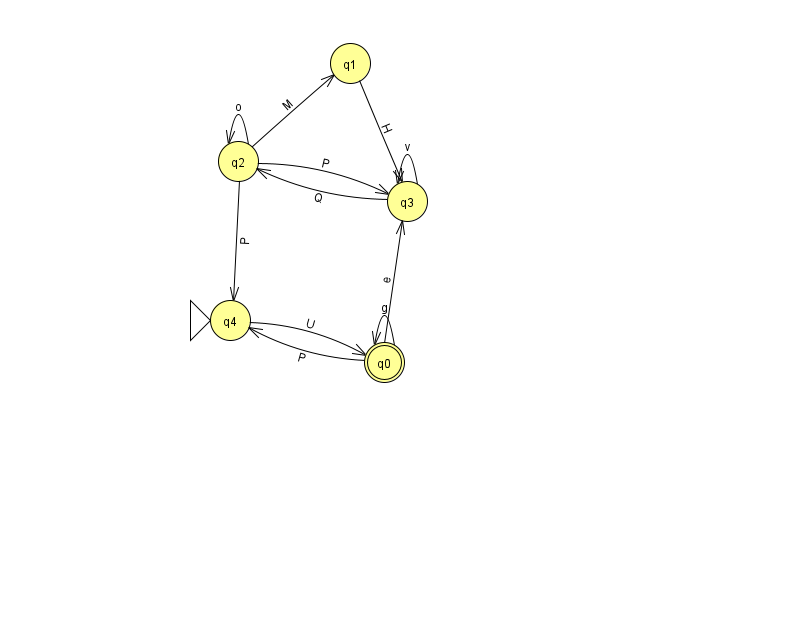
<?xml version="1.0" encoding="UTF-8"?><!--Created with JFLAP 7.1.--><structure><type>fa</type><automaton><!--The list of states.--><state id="0" name="q0"><x>384.0</x><y>349.0</y><final/></state><state id="1" name="q1"><x>350.0</x><y>50.0</y></state><state id="2" name="q2"><x>238.0</x><y>148.0</y></state><state id="3" name="q3"><x>407.0</x><y>188.0</y></state><state id="4" name="q4"><x>230.0</x><y>307.0</y><initial/></state><!--The list of transitions.--><transition><from>2</from><to>1</to><read>M</read></transition><transition><from>3</from><to>3</to><read>v</read></transition><transition><from>0</from><to>0</to><read>g</read></transition><transition><from>0</from><to>4</to><read>P</read></transition><transition><from>1</from><to>3</to><read>H</read></transition><transition><from>4</from><to>0</to><read>U</read></transition><transition><from>0</from><to>3</to><read>e</read></transition><transition><from>2</from><to>3</to><read>P</read></transition><transition><from>2</from><to>2</to><read>o</read></transition><transition><from>2</from><to>4</to><read>P</read></transition><transition><from>3</from><to>2</to><read>Q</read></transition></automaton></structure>